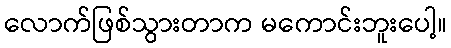
လောက်ဖြစ်သွားတာက မကောင်းဘူးပေါ့။